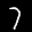
Label: 7